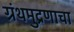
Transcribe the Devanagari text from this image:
ग्रंथमुद्रणाचा